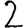
Digit: 2